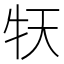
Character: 𤘠